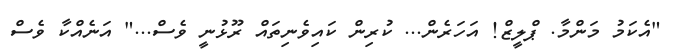
"އެކަމު މަންމާ. ޕްލީޒް! އަހަރެން... ކުރިން ކައިވެނިތައް ރޫޅުނީ ވެސް..." އަނެއްކާ ވެސް